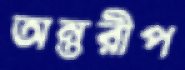
অন্তরীপ